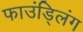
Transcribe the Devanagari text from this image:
फाउंड्लिंग